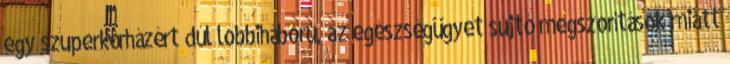
egy szuperkórházért dúl lobbiháború, az egészségügyet sújtó megszorítások miatt